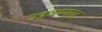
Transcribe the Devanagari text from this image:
उडवण्यात